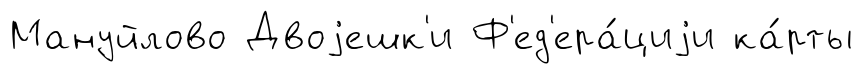
Мануйлово Двоjешк'и Ф'ед'ера́циjи ка́рты